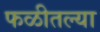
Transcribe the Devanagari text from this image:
फळीतल्या